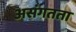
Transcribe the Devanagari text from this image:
असंगतता